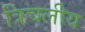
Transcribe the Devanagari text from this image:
त्रिचलीय